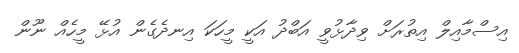
އިސްމާއިލް އިތުރަށް ވިދާޅުވީ އަބްދު އަކީ މީހަކަ އިނދެގެން އުޅޭ މީހެއް ނޫން